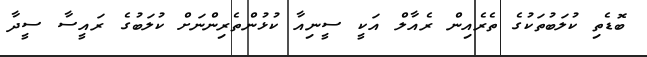
ބޮޑެތި ކުލަބުތަކުގެ ތެރެއިން ރެއާލް އަކީ ސީނިއާ ކުޅުންތެރިންނަށް ކުލަބުގެ ރައީސާ ސީދާ